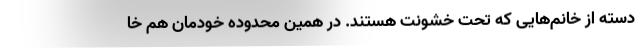
دسته از خانم‌هایی که تحت خشونت هستند. در همین محدوده خودمان هم خا